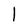
Character: l